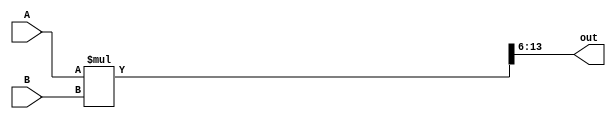
module Mult (A, B, out);

	input signed [7:0] A, B;
	output signed [7:0] out;
  reg signed [15:0] outreg = 0;
	always@(*) begin
		
		outreg <= A * B;

	end
	assign out = outreg[13:6];
endmodule